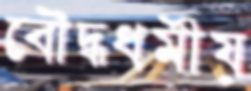
বৌদ্ধধর্মীয়